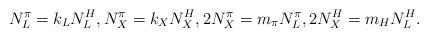
LaTeX: \begin{align*}N_L^{\pi} = k_L N_L^H, N_X^{\pi} = k_X N_X^H, 2N_X^{\pi} = m_{\pi}N_L^{\pi}, 2N_X^H = m_H N_L^H.\end{align*}